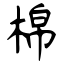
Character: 棉